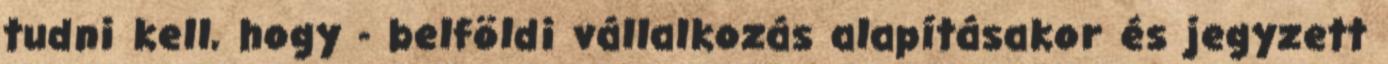
tudni kell, hogy - belföldi vállalkozás alapításakor és jegyzett